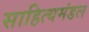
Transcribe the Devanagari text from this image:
साहित्यमंडल